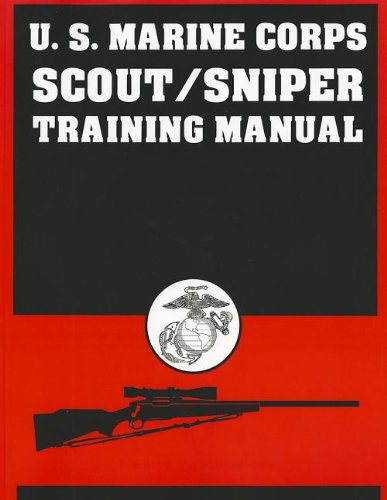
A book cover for U.S. Marine Corps Scout/Sniper Training Manual; Us Government; Engineering & Transportation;